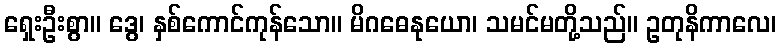
ရှေးဦးစွာ။ ဒွေ၊ နှစ်ကောင်ကုန်သော။ မိဂဓေနုယော၊ သမင်မတို့သည်။ ဥတုနိကာလေ၊